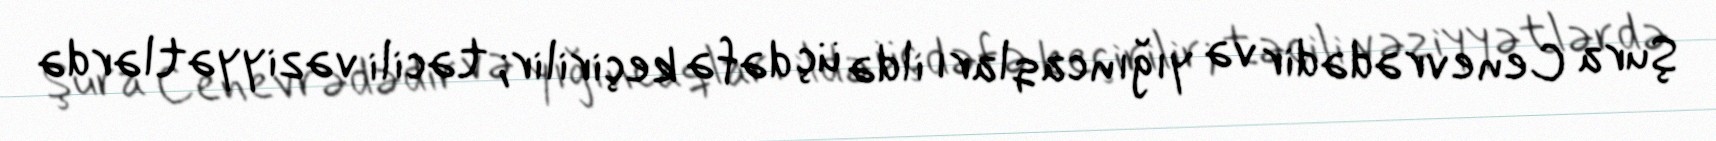
Şura Cenevrədədir və yığıncaqları ildə üç dəfə keçirilir; təcili vəziyyətlərdə